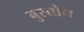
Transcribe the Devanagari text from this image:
बुस्तोन